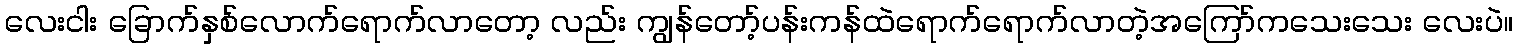
လေးငါး ခြောက်နှစ်လောက်ရောက်လာတော့ လည်း ကျွန်တော့်ပန်းကန်ထဲရောက်ရောက်လာတဲ့အကြော်ကသေးသေး လေးပဲ။